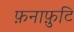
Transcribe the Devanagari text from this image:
फ़नाफ़ुटि